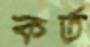
কর্ত